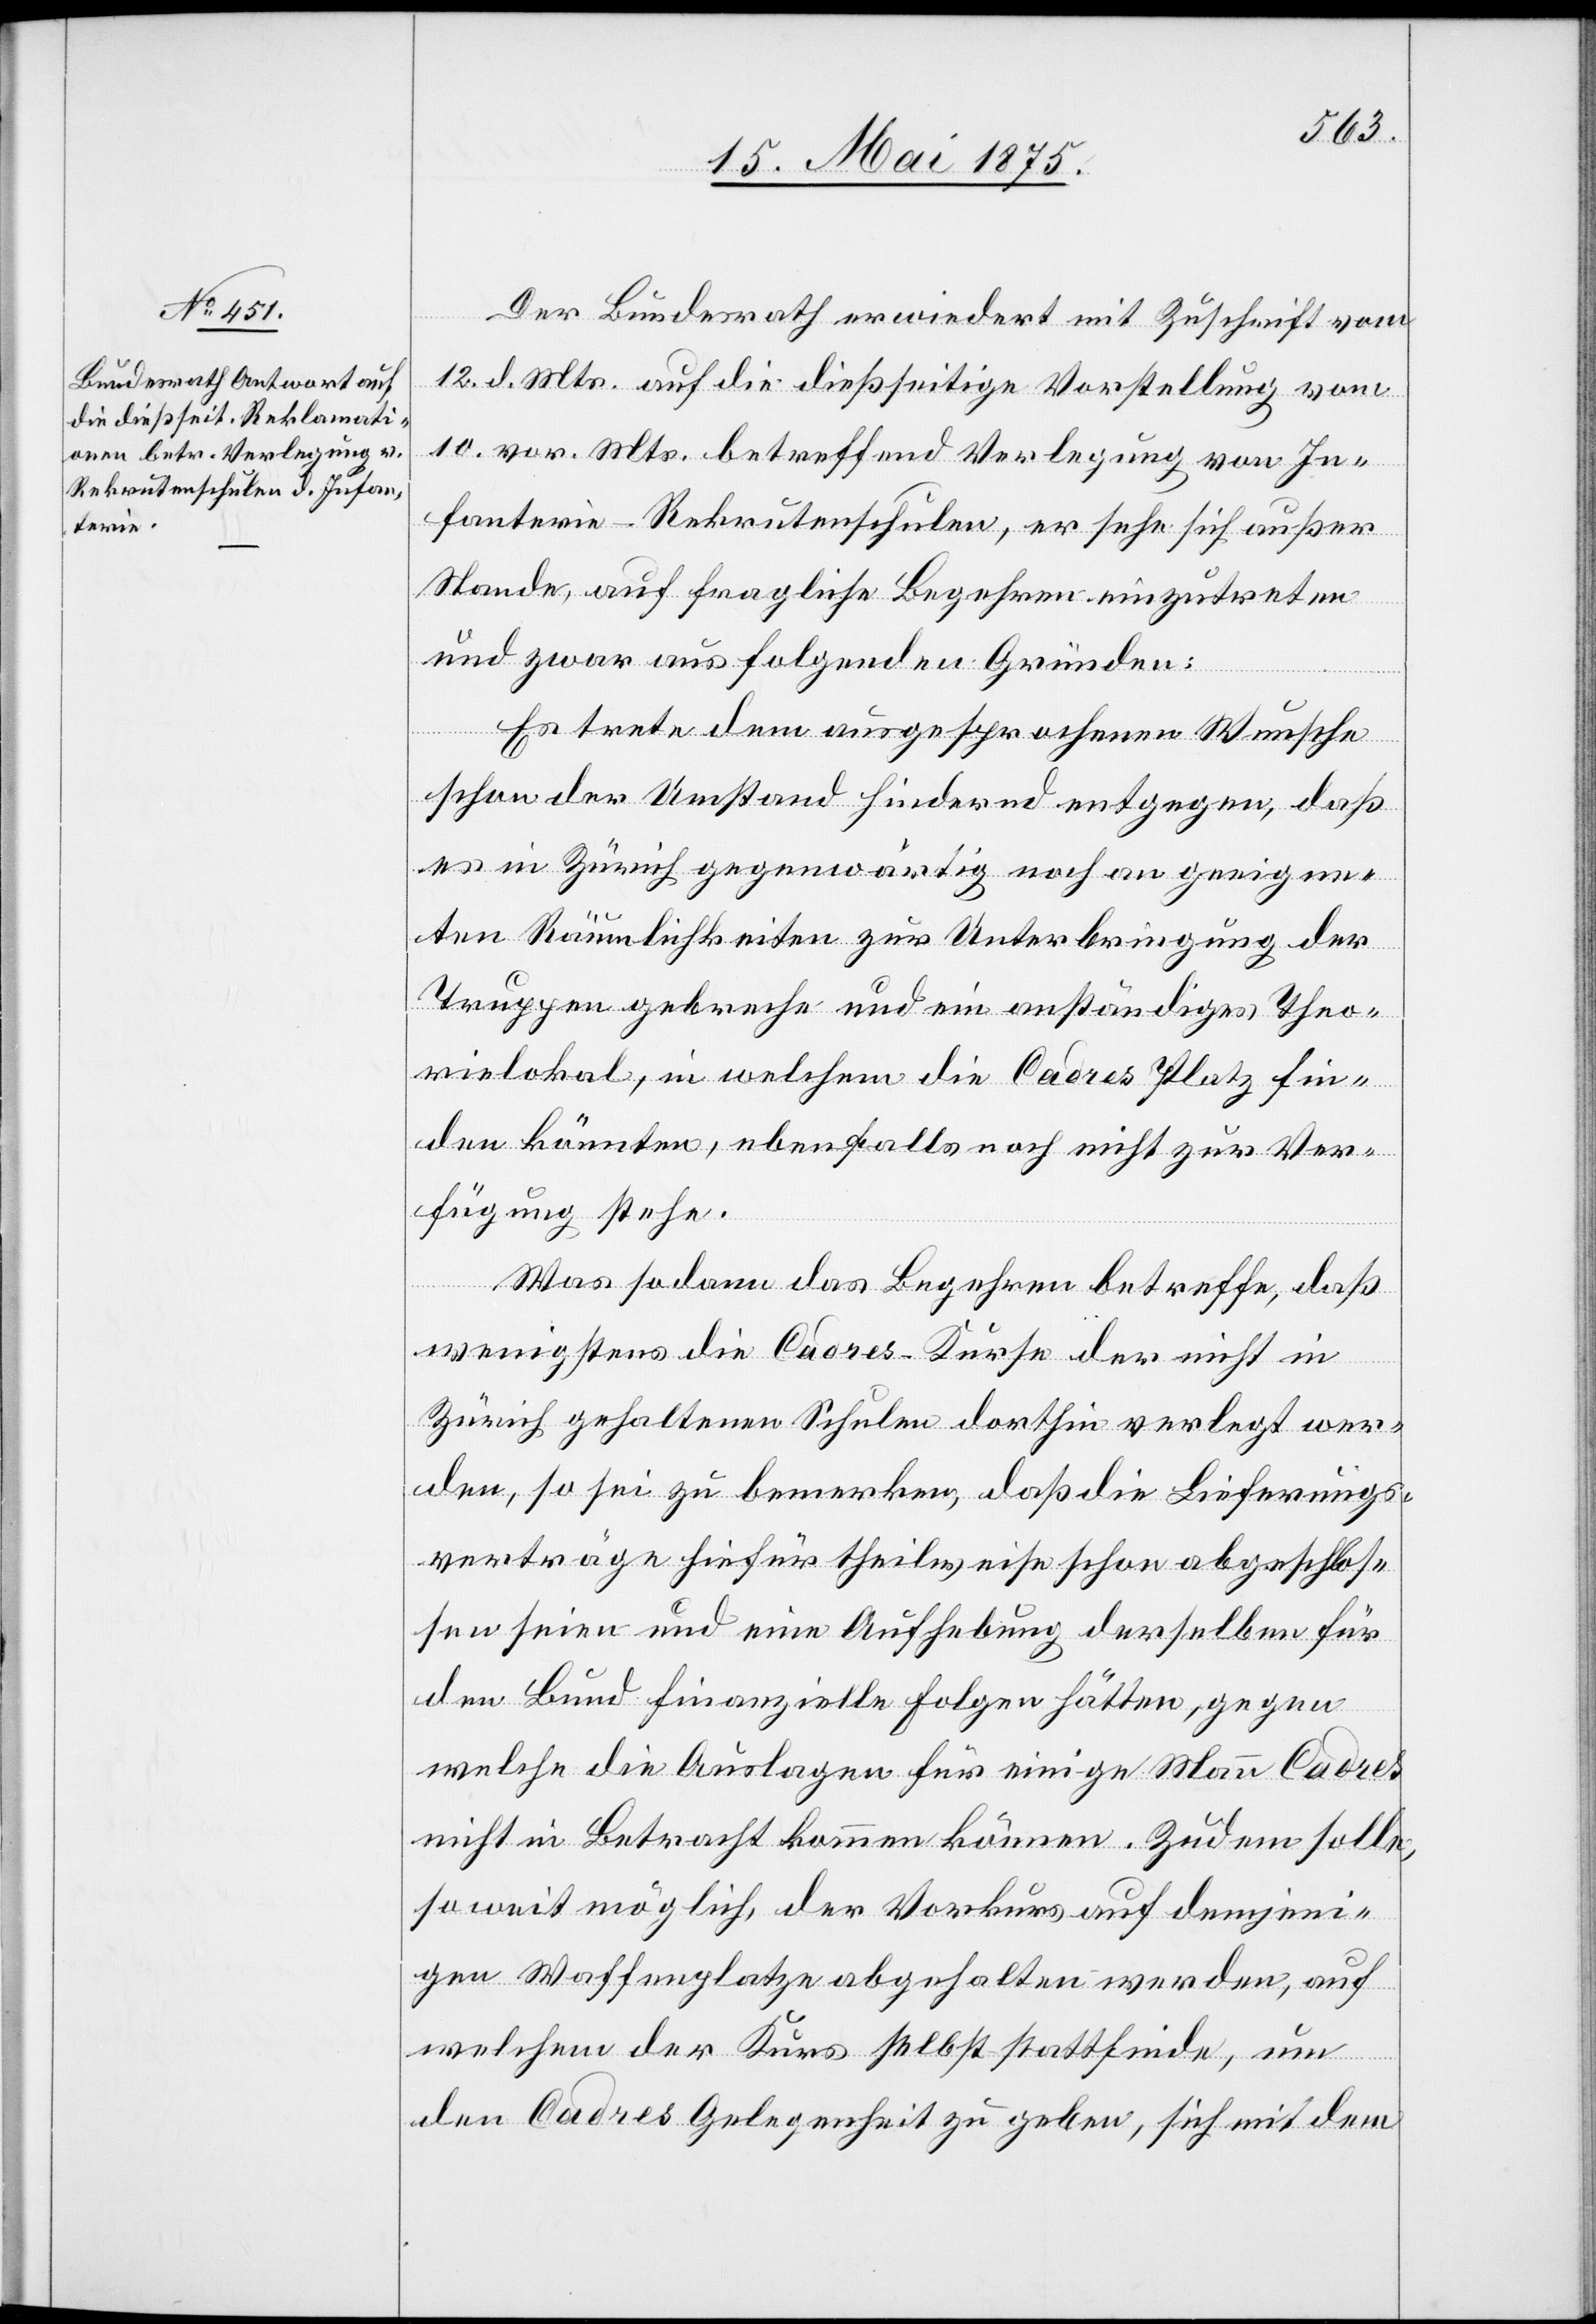
Der Bundesrath erwiedert mit Zuschrift vom
12. d. Mts auf die dießseitige Vorstellung vom
10. vor. Mts. betreffend Verlegung von In¬
fanterie-Rekrutenschulen, er sehe sich außer
Stande, auf fragliche Begehren einzutreten
und zwar aus folgenden Gründen:
Es trete dem ausgesprochenen Wunsche
schon der Umstand hindernd entgegen, daß
es in Zürich gegenwärtig noch an geeigne¬
ten Räumlichkeiten zur Unterbringung der
Truppen gebreche und ein anständiges Theo¬
rielokal, in welchem die Cadres Platz fin¬
den könnten, ebenfalls noch nicht zur Ver¬
fügung stehe.
Was so dann das Begehren betreffe, daß
wenigstens die Cadres-Kurse der nicht in
Zürich gehaltenen Schulen dorthin verlegt wer¬
den, so sei zu bemerken, daß die Lieferungs¬
verträge hiefür theilweise schon abgeschlos¬
sen seien und eine Aufhebung derselben für
den Bund finanzielle Folgen hätten, gegen
welche die Auslagen für einige Mann Cadres
nicht in Betracht kommen können. Zudem solle,
so weit möglich, der Vorkurs auf demjeni¬
gen Waffenplatze abgehalten werden, auf
welchem der Kurs selbst stattfinde, um
den Cadres Gelegenheit zu geben, sich mit dem